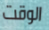
الوقت